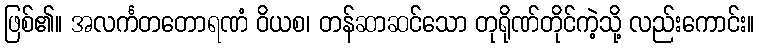
ဖြစ်၏။ အလင်္ကတတောရဏံ ဝိယစ၊ တန်ဆာဆင်သော တုရိုဏ်တိုင်ကဲ့သို့ လည်းကောင်း။